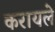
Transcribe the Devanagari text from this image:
करायले